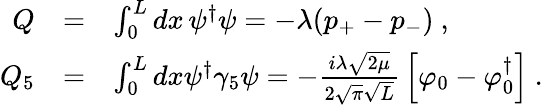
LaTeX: \begin{array}{rcl}{{Q}}&{{=}}&{{\int_{0}^{L}dx\, \psi^{\dagger}\psi=-\lambda(p_{+}-p_{-})\ ,}}\\ {{Q_{5}}}&{{=}}&{{\int_{0}^{L}dx\psi^{\dagger}\gamma_{5}\psi=-\frac{i\lambda\sqrt{2\mu}}{2\sqrt{\pi}\sqrt{L}}\, \left[\varphi_{0}-\varphi_{0}^{\dagger}\right]\ .}}\end{array}